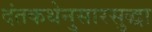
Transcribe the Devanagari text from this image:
दंतकथेनुसारसुद्धा